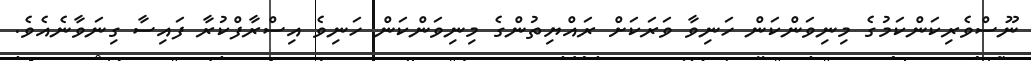
ނޫސްވެރިކަންކަމުގެ މިނިވަންކަން ހަނިވާ ވަރަކަށް ރައްޔިތުންގެ މިނިވަންކަން ހަނިވެ އިސްރާފްކުރާ ފައިސާ ގިނަވާނެއެވެ.